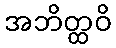
အဘိတ္ထဝိ